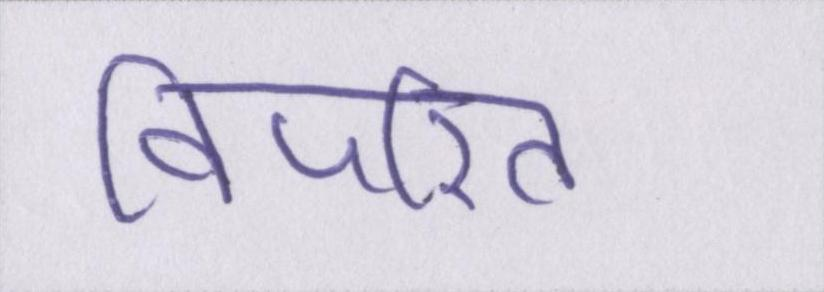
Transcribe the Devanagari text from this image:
विपरित